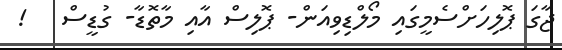
ޖާގަ ޕޮލިހަށްސެމީގައި މޯލްޑިވިއަން- ޕޮލިސް އާއި މާތޮޑާ- ގުޑީސް   !